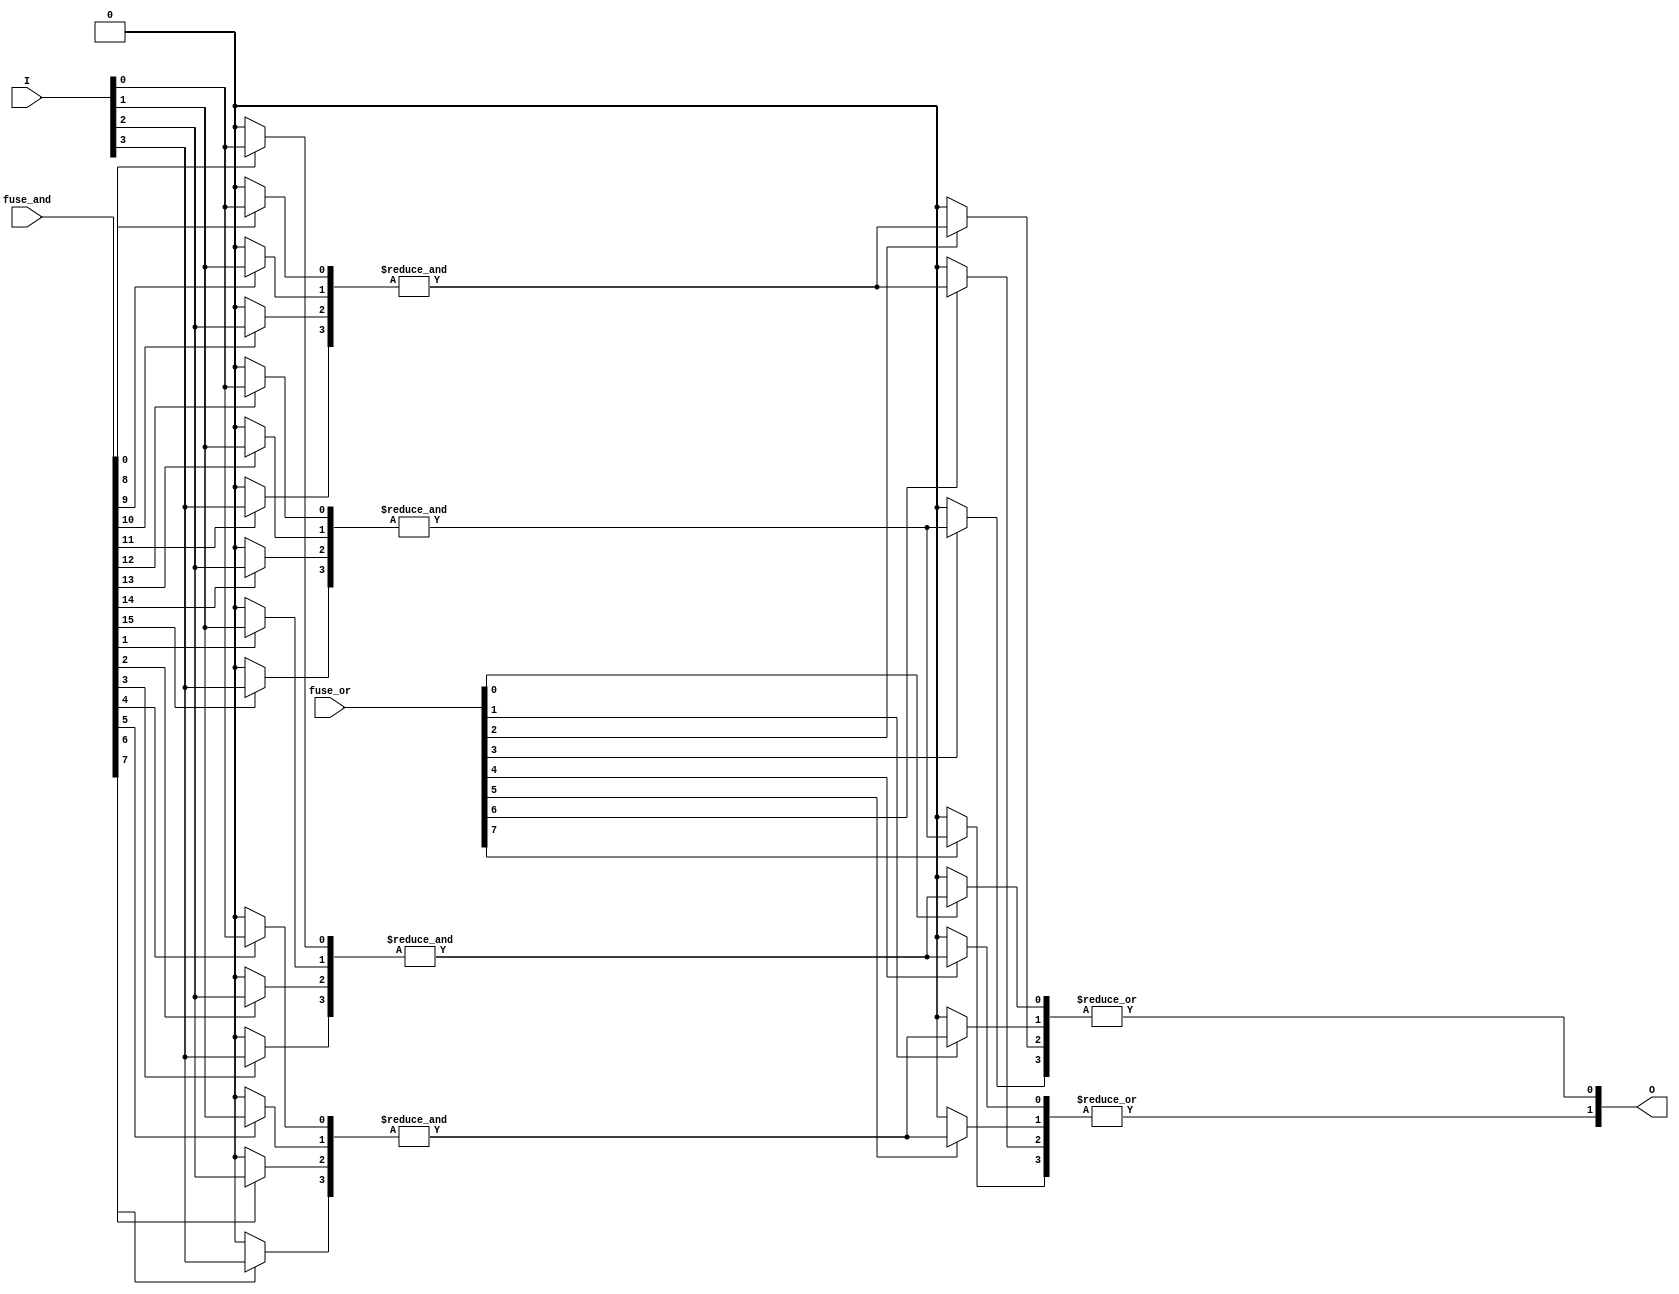
module PLA #(
    parameter N = 4, // Number of inputs
    parameter M = 4, // Number of AND gates
    parameter K = 2  // Number of OR gates
)(
    input wire [N-1:0] I, // Input signals
    input wire [M*N-1:0] fuse_and, // Fuse connections for AND gates
    input wire [M*K-1:0] fuse_or, // Fuse connections for OR gates
    output wire [K-1:0] O // Output signals
);

// Internal wires for product terms from AND gates
wire [M-1:0] P; // Product terms from AND gates

// AND array
genvar i, j;
generate
    for (i = 0; i < M; i = i + 1) begin : and_array
        wire [N-1:0] and_inputs;
        // Connect inputs based on fuse connections
        for (j = 0; j < N; j = j + 1) begin : input_connection
            assign and_inputs[j] = fuse_and[i*N + j] ? I[j] : 1'b0; // 1'b0 if fuse is blown
        end
        // AND gate logic
        assign P[i] = &and_inputs; // AND operation
    end
endgenerate

// OR array
generate
    for (i = 0; i < K; i = i + 1) begin : or_array
        wire [M-1:0] or_inputs;
        // Connect product terms based on fuse connections
        for (j = 0; j < M; j = j + 1) begin : product_connection
            assign or_inputs[j] = fuse_or[i*M + j] ? P[j] : 1'b0; // 1'b0 if fuse is blown
        end
        // OR gate logic
        assign O[i] = |or_inputs; // OR operation
    end
endgenerate

endmodule